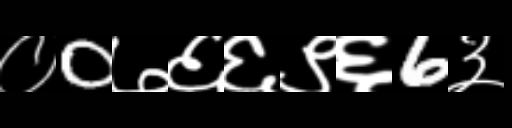
Text: ०0७६६९६6३